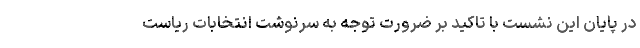
در پایان این نشست با تاکید بر ضرورت توجه به سرنوشت انتخابات ریاست